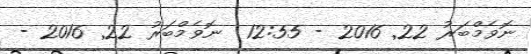
ނޮވެމްބަރު 22